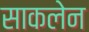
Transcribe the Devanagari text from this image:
साकलेन